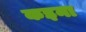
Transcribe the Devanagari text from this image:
कइना